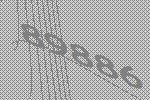
89886